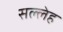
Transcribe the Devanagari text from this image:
सल्लेह